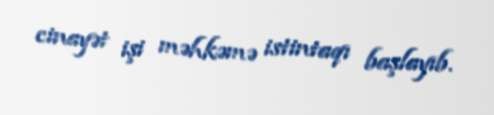
cinayət işi məhkəmə istintaqı başlayıb.